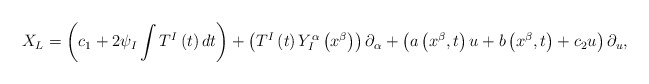
\begin{align*}X_{L}=\left( c_{1}+2\psi _{I}\int T^{I}\left( t\right) dt\right) +\left(T^{I}\left( t\right) Y_{I}^{\alpha }\left( x^{\beta }\right) \right)\partial _{\alpha }+\left( a\left( x^{\beta },t\right) u+b\left( x^{\beta},t\right) +c_{2}u\right) \partial _{u}, \end{align*}